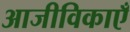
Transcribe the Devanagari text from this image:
आजीविकाएँ